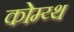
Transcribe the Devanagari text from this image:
कोम्य्थ